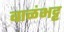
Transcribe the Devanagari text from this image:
बाळंभट्ट